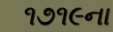
૧૭૧૯ના